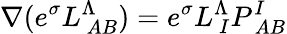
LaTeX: \nabla(e^{\sigma}L_{\ AB}^{\Lambda})=e^{\sigma}L_{\ I}^{\Lambda}P_{\ AB}^{I}